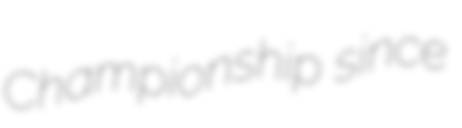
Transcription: Championship since